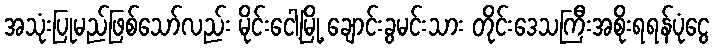
အသုံးပြုမည်ဖြစ်သော်လည်း မိုင်းငေါ့မြို့ ချောင်းခွမင်းသား တိုင်းဒေသကြီးအစိုးရရန်ပုံငွေ